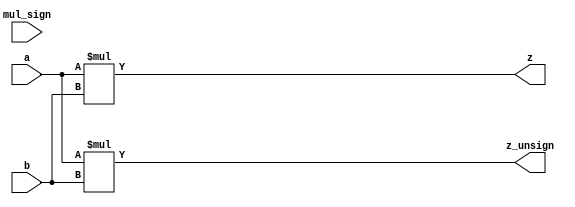
`timescale 1ns / 1ps
//////////////////////////////////////////////////////////////////////////////////
// 
// Design Name: 
// Module Name: MULT
// 
//////////////////////////////////////////////////////////////////////////////////


module mult
(
    input wire mul_sign,
    input wire [31:0] a,
    input wire [31:0] b,
    output wire [63:0] z,
    output wire [63:0] z_unsign
);

assign z = $signed(a) * $signed(b);
assign z_unsign = a * b;


endmodule